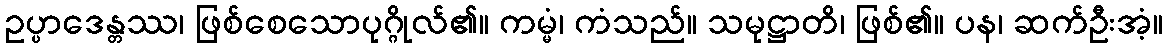
ဥပ္ပာဒေန္တဿ၊ ဖြစ်စေသောပုဂ္ဂိုလ်၏။ ကမ္မံ၊ ကံသည်။ သမုဋ္ဌာတိ၊ ဖြစ်၏။ ပန၊ ဆက်ဦးအံ့။